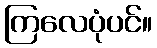
ကြလေပုံပင်။